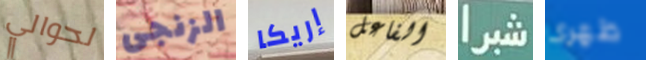
لحوالي الزنجى إريكا الفاعل شبرا ظهرى